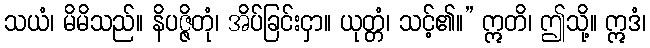
သယံ၊ မိမိသည်။ နိပဇ္ဇိတုံ၊ အိပ်ခြင်းငှာ။ ယုတ္တံ၊ သင့်၏။” ဣတိ၊ ဤသို့။ ဣဒံ၊